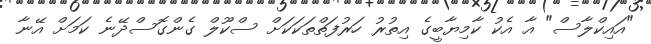
"އައިކްލާސް" އާ އެކު ކާމިޔާބީގެ އިތުރު ހަރުފަތްތަކަކަށް ސްކޫލް ގެންގޮސްދޭނެ ކަމަށް އޭނާ